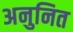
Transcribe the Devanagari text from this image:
अनुनित